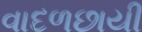
વાદળછાયી